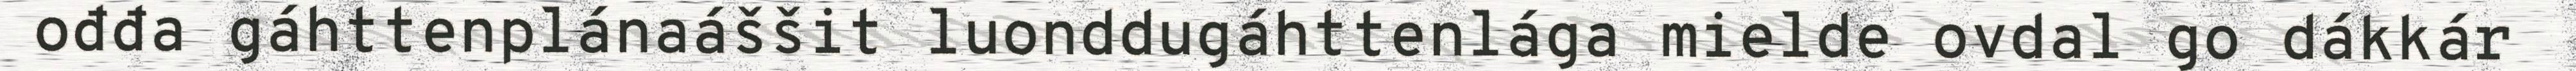
ođđa gáhttenplánaáššit luonddugáhttenlága mielde ovdal go dákkár